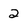
Character: 2